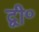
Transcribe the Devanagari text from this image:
द्वी॰